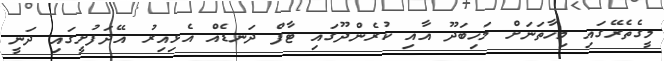
މީގެތެރޭގައި މިހާތަނަށް މަހިބަދޫ އާއި ކުރެންދޫގައި ޓާފް ދަނޑެއް އެޅިއިރު އޭދަފުށީގައި ދަނީ